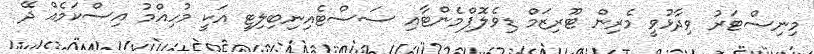
މިނިސްޓަރު ވިދާޅުވީ މެރިން ޓޫރިޒަމް ޑިވެލޮޕްމެންޓާއި ސަސްޓެއިނިބިލިޓީ އަކީ މުހިއްމު އިސްކަމެއް ދޭ